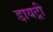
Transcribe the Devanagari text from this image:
डायट्री